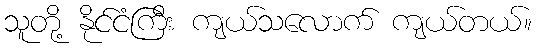
သူတို့ နိုင်ငံကြီး ကျယ်သလောက် ကျယ်တယ်။